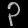
Digit: ၃